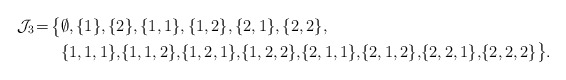
\begin{align*}\mathcal{J}_3 \! = \! \bigl\{&\emptyset, \{1\}, \{2\}, \{1,1\}, \{1,2\}, \{2,1\}, \{2,2\}, \\&\{1,1,1\},\! \{1,1,2\},\!\{1,2,1\},\!\{1,2,2\},\!\{2,1,1\},\!\{2,1,2\},\!\{2,2,1\},\!\{2,2,2\}\bigr\}.\end{align*}